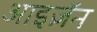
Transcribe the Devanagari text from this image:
आइज़ॅन